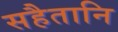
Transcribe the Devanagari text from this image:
सहैतानि